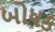
બોધક